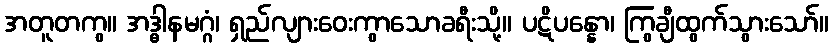
အတူတကွ။ အဒ္ဓါနမဂ္ဂံ၊ ရှည်လျားဝေးကွာသောခရီးသို့။ ပဋိပန္နော၊ ကြွချီထွက်သွားသော်။